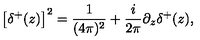
\left[ \delta ^ { + } ( z ) \right] ^ { 2 } = \frac { 1 } { ( 4 \pi ) ^ { 2 } } + \frac { i } { 2 \pi } \partial _ { z } \delta ^ { + } ( z ) ,